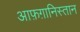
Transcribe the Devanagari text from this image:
आफ़ग़ानिस्तान